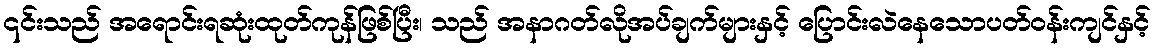
၎င်းသည် အရောင်းရဆုံးထုတ်ကုန်ဖြစ်ပြီး၊ သည် အနာဂတ်လိုအပ်ချက်များနှင့် ပြောင်းလဲနေသောပတ်ဝန်းကျင်နှင့်